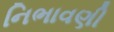
નિભાવણી